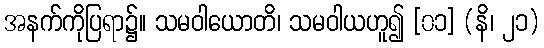
အနက်ကိုပြရာ၌။ သမဝါယောတိ၊ သမဝါယဟူ၍ [၀၁] (နိ၊ ၂၁)